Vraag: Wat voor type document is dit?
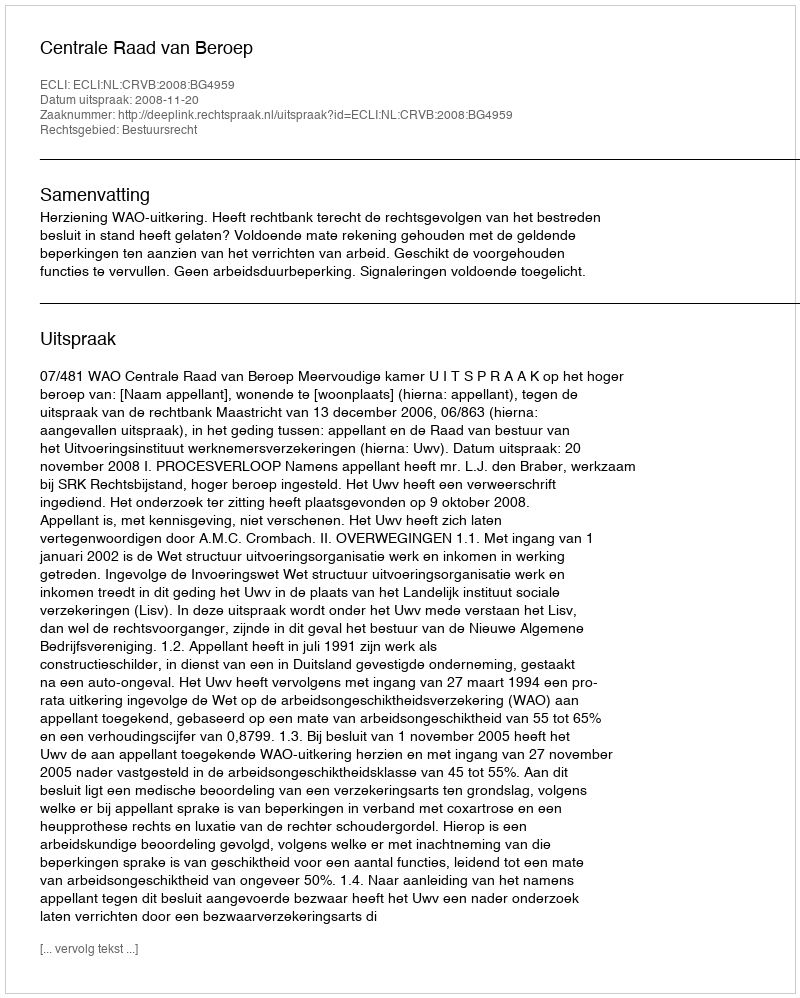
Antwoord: Uitspraak